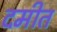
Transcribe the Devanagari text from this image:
दमीत